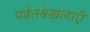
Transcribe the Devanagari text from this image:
पर्वतश्रंखलाएँ